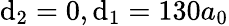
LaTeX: \mathrm{d}_{2}=0,\mathrm{d}_{1}=130a_{0}